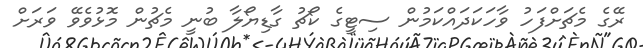
ރޭގެ މެޗަށްފަހު ވާހަކަދައްކަމުން ސިޓީގެ ކޯޗު ގާޑިޔޯލާ ބުނީ މެޗުން މޮޅުވެވޭ ވަރަށް